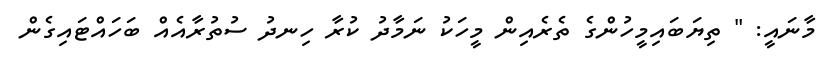
މާނައީ: " ތިޔަބައިމީހުންގެ ތެރެއިން މީހަކު ނަމާދު ކުރާ ހިނދު ސުތުރާއެއް ބަހައްޓައިގެން